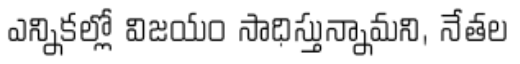
ఎన్నికల్లో విజయం సాధిస్తున్నామని, నేతల